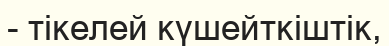
- тікелей күшейткіштік,